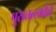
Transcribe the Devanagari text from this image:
पुरातत्त्ववेत्ते